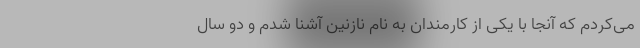
می‌کردم که آنجا با یکی از کارمندان به نام نازنین آشنا شدم و دو سال